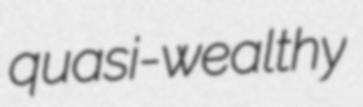
quasi-wealthy